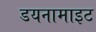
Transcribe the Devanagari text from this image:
डयनामाइट